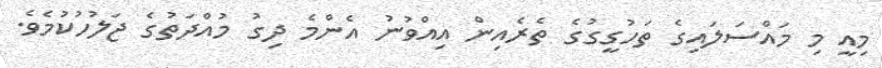
މިއީ މި މައްސަލައިގެ ތަހުގީގުގެ ތެރެއިން އިއްވުނު އެންމެ ދިގު މުއްދަތުގެ ޖަލުހުކުމެވެ.